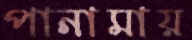
পানামায়